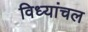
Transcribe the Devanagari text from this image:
विध्यांचल